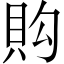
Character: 𧵈